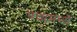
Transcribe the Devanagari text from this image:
पंचामध्ये